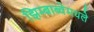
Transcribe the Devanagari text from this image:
झिम्बाब्वेमधले